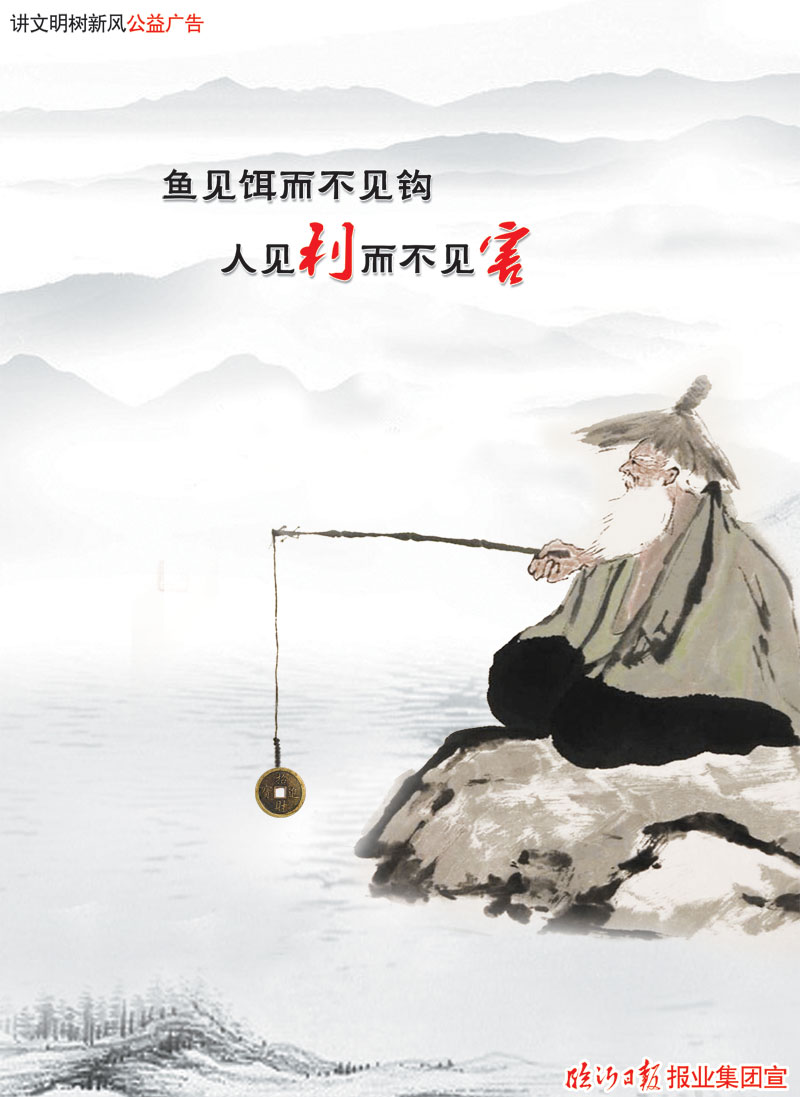
闻之而不见，虽博必谬见之而不知，虽识必妄知之而不行，虽敦必困。